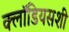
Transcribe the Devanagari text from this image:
क्लॉडियसशी